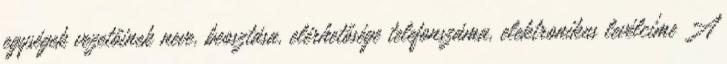
egységek vezetőinek neve, beosztása, elérhetősége telefonszáma, elektronikus levélcíme A